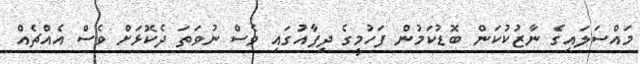
މައްސަލައިގެ ނާޒުކުކަން ބޮޑުކަމުން ފަހުމީގެ ދިފާއުގައި ވެސް ނުވަތަ ދެކޮޅަށް ވެސް އެއްޗެއް